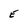
Character: e